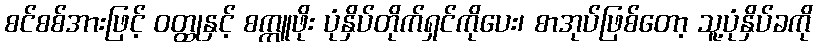
စင်စစ်အားဖြင့် ဝတ္ထုနှင့် စက္ကူဖိုး ပုံနှိပ်တိုက်ရှင်ကိုပေး၊ စာအုပ်ဖြစ်တော့ သူ့ပုံနှိပ်ခကို